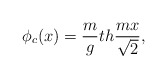
\begin{align*}\phi_c (x) = \frac{m}{g} th \frac{mx}{\sqrt{2}}, \end{align*}